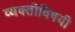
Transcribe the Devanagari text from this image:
व्यक्तीविषयी